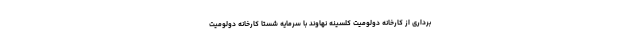
برداری از کارخانه دولومیت کلسینه نهاوند با سرمایه شستا کارخانه دولومیت